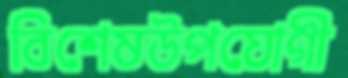
বিশেষউপযোগী